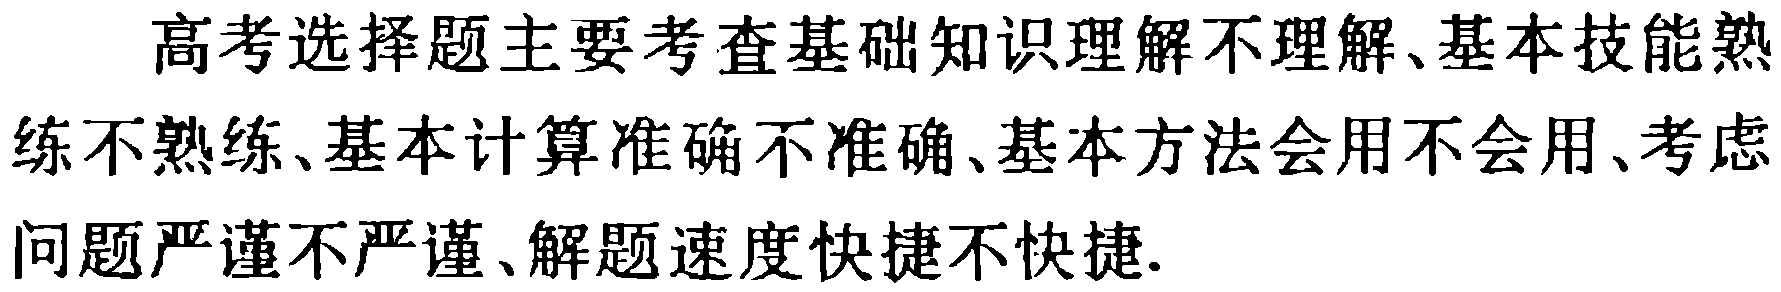
高考选择题主要考查基础知识理解不理解、基本技能熟练不熟练、基本计算准确不准确、基本方法会用不会用、考虑问题严谨不严谨、解题速度快捷不快捷.